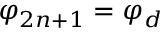
\varphi _ { 2 n + 1 } = \varphi _ { d }